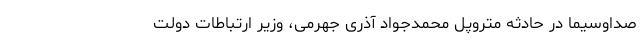
صداوسیما در حادثه متروپل محمدجواد آذری جهرمی، وزیر ارتباطات دولت